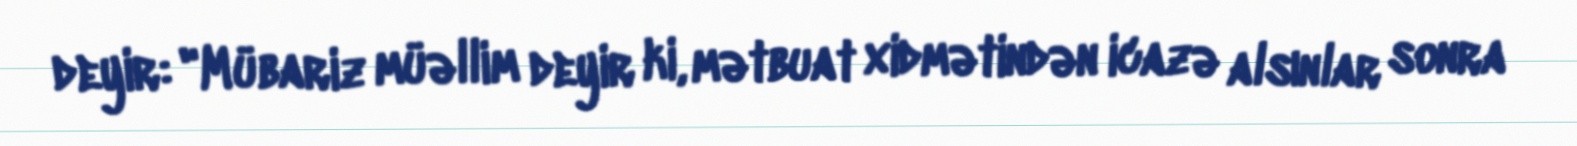
deyir: "Mübariz müəllim deyir ki, mətbuat xidmətindən icazə alsınlar sonra